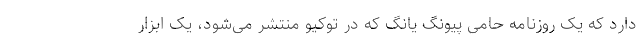
دارد که یک روزنامه حامی پیونگ یانگ که در توکیو منتشر می‌شود، یک ابزار